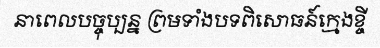
នាពេលបច្ចុប្បន្ន ព្រមទាំងបទពិសោធន៍ក្មេងខ្ចី